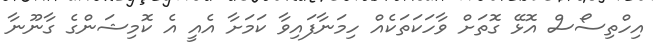
އިހްތިސޯސް އޮޅޭ ގޮތަށް ވާހަކަތަކެއް ހިމަނާފައިވާ ކަމަށާ އެއީ އެ ކޮމިޝަންގެ ގާނޫނާ